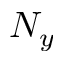
N _ { y }